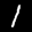
Label: 1